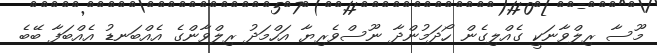
މޫސާ ރިލްވާނަކީ ގެއްލިގެން ހޯދަމުންދާ ނޫސްވެރިޔާ އަހްމަދު ރިލްވާންގެ އެއްބަނޑު އެއްބަފާ ބޭބެ